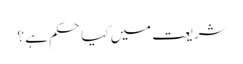
شریعت میں کیا حکم ہے ؟